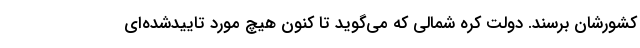
کشورشان برسند. دولت کره شمالی که می‌گوید تا کنون هیچ مورد تاییدشده‌ای